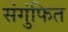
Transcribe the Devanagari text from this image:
संगुंफित